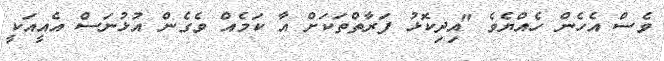
ވެސް އެހެން ހެއްޔެވެ "އިދިކޮޅު ފަރާތްތަކަށް އާ ކަމެއް ވެގެން އުޅުނަސް އެއީއަކީ